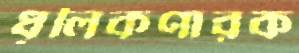
ধূলিকণারক